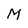
Character: M